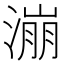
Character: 漰